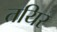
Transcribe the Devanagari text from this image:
तयिर